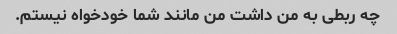
چه ربطی به من داشت من مانند شما خودخواه نیستم.